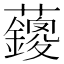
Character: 𱿄